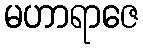
မဟာရာဇေ